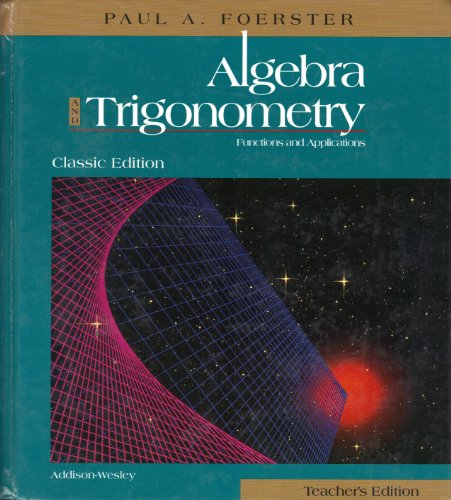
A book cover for Algebra and Trigonometry Functions and Applications (Classic Edition) Teacher's Edition; Paul A. Foerster; Science & Math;